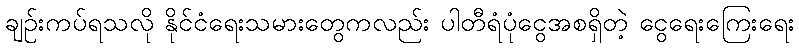
ချဉ်းကပ်ရသလို နိုင်ငံရေးသမားတွေကလည်း ပါတီရံပုံငွေအစရှိတဲ့ ငွေရေးကြေးရေး